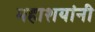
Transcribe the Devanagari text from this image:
महाशयांनी